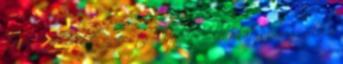
között felépült új pesti Vigadó. Olvashatsz még róla a